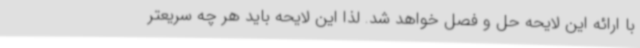
با ارائه این لایحه حل و فصل خواهد شد. لذا این لایحه باید هر چه سریعتر